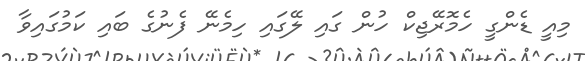
މިއީ ޑެންގީ ހެމޮރޭޖިކް ހުން ގައި ލޭގައި ހިމެނޭ ފެނުގެ ބައި ކަމުގައިވާ